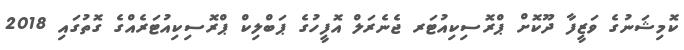
ކޮމިޝަނުގެ ވަޒީފާ ދޫކޮށް ޕްރޮސިކިއުޓަރ ޖެނެރަލް އޮފީހުގެ ޕަބްލިކް ޕްރޮސިކިއުޓަރެއްގެ ގޮތުގައި 2018